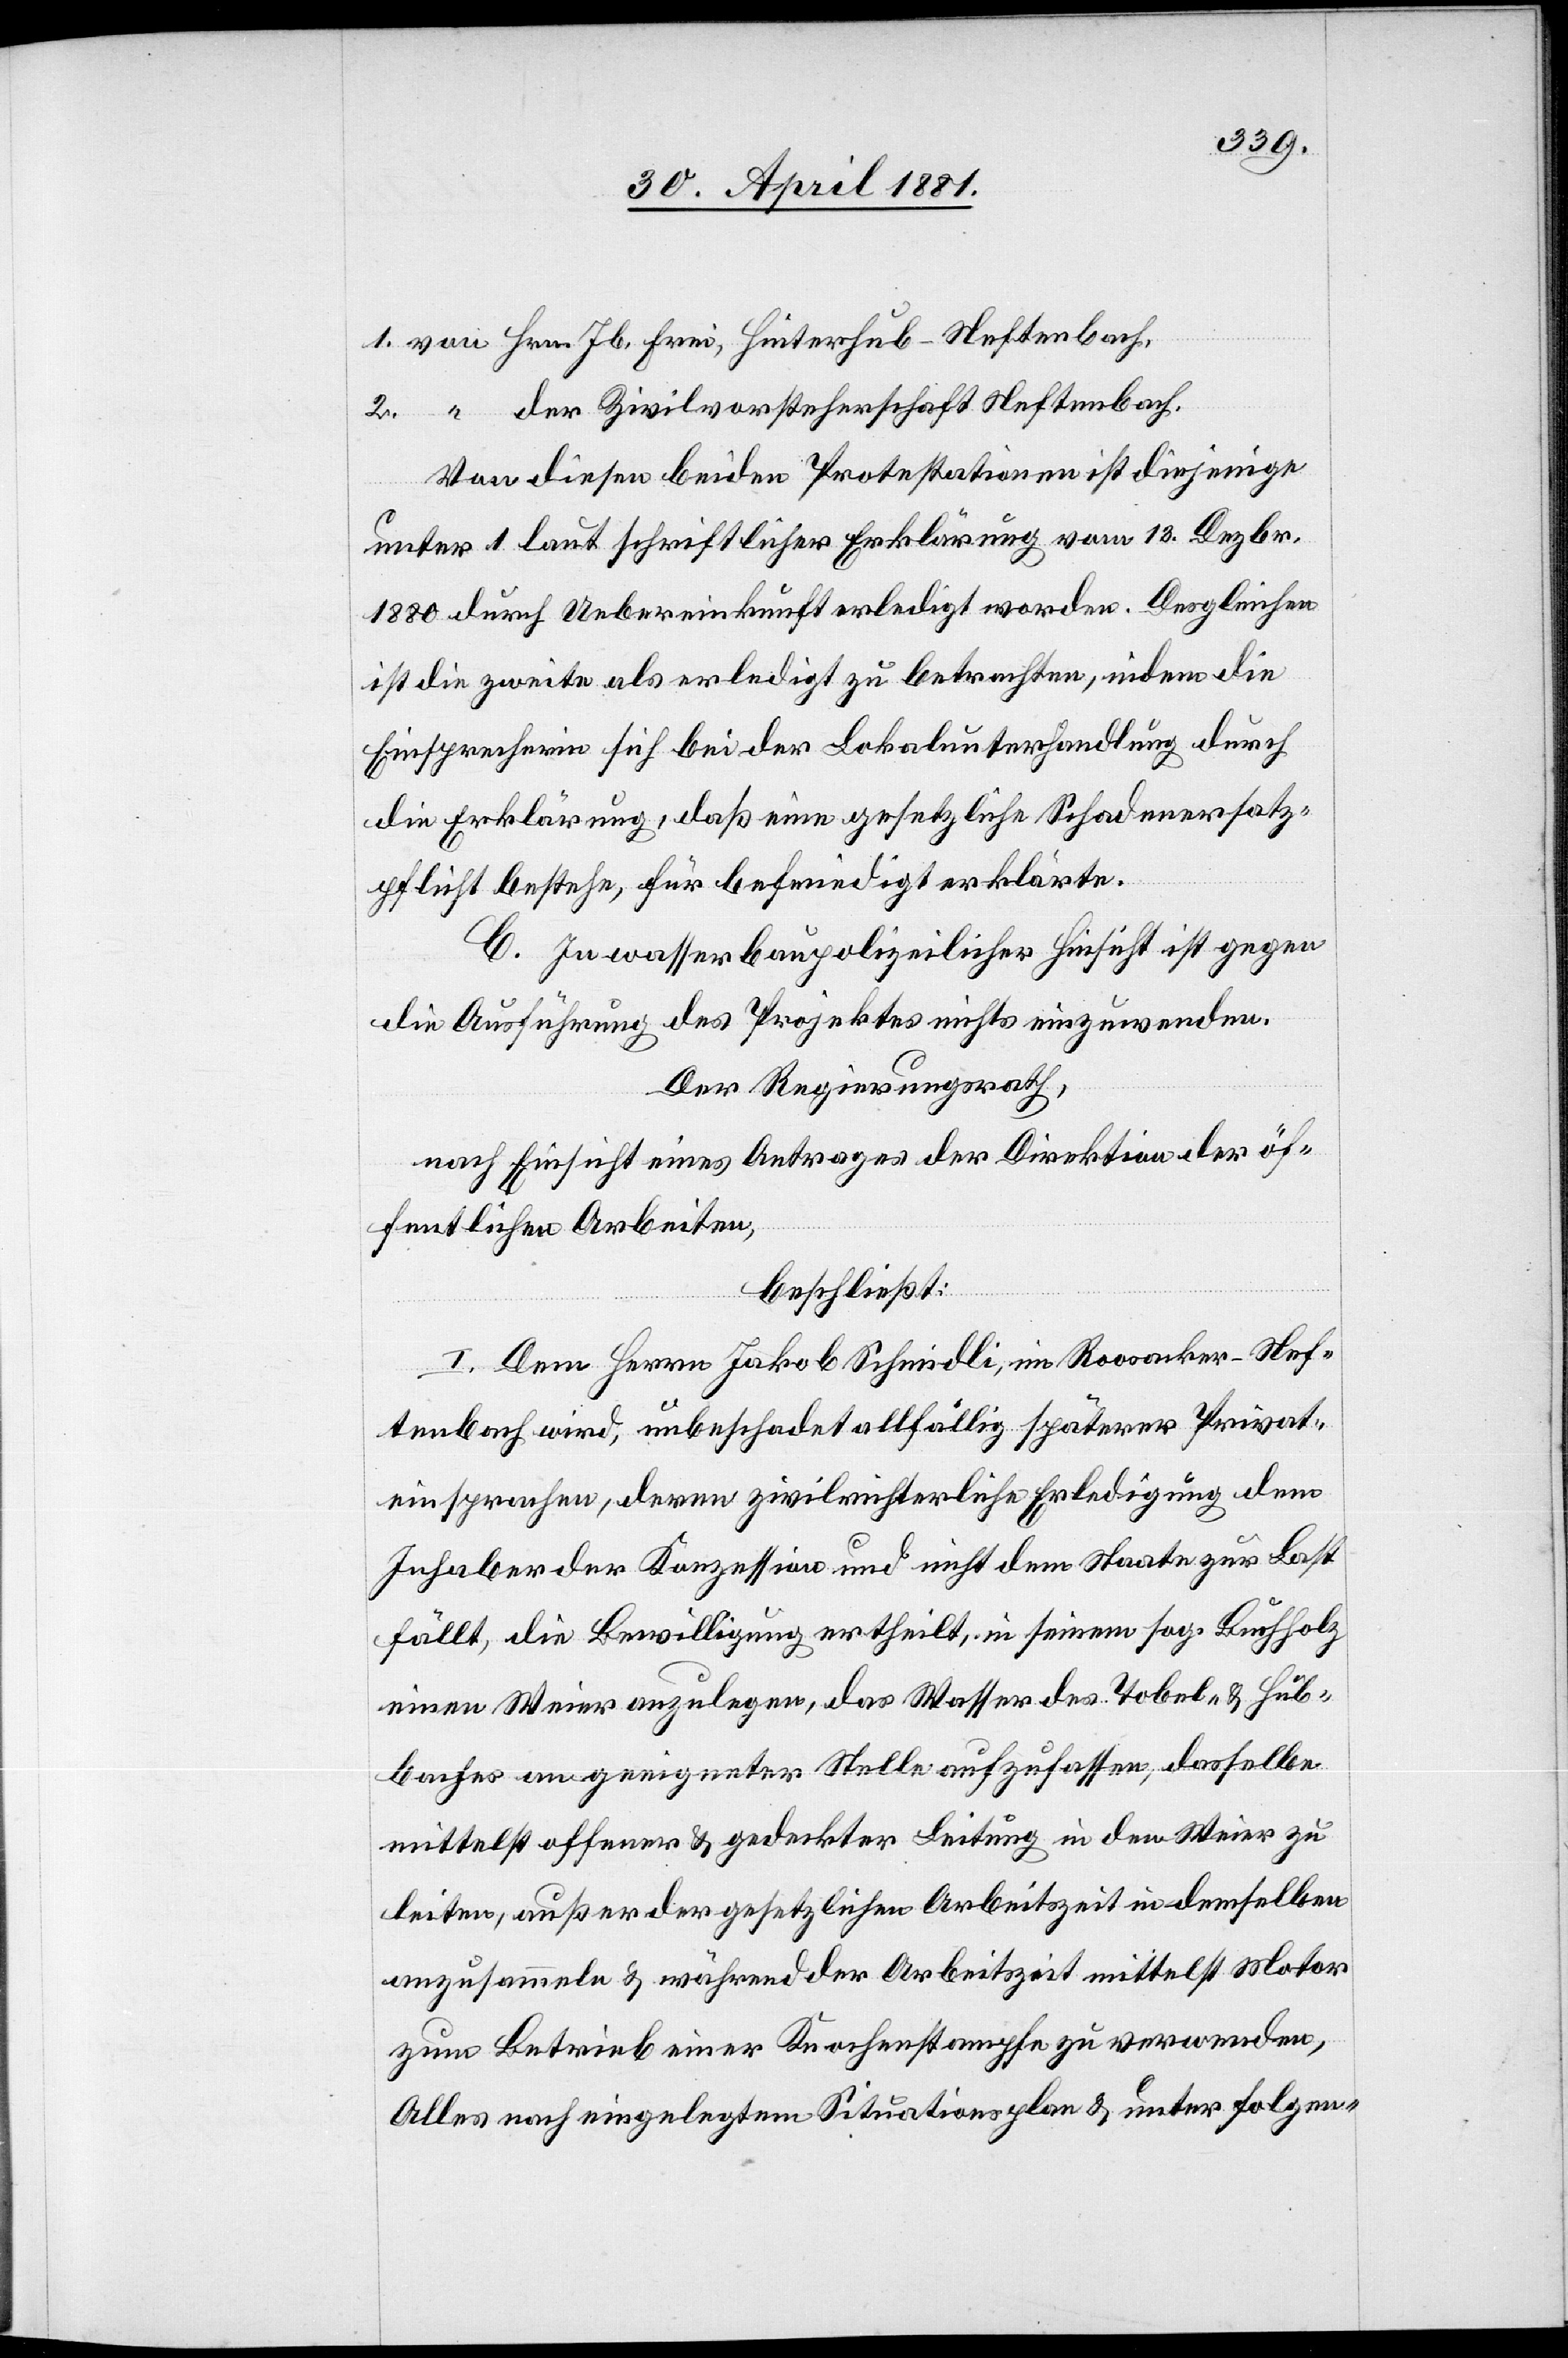
der Zivilvorsteherschaft Neftenbach.
Von diesen beiden Protestationen ist diejenige
unter 1 laut schriftlicher Erklärung vom 13. Dezbr.
1880 durch Uebereinkunft erledigt worden. Desgleichen
ist die zweite als erledigt zu betrachten, indem die
Einsprecherin sich bei der Lokalunterhandlung durch
die Erklärung, daß eine gesetzliche Schadenersatz¬
pflicht bestehe, für befriedigt erklärte.
C. In wasserbaupolizeilicher Hinsicht ist gegen
die Ausführung des Projektes nichts einzuwenden.
Der Regierungsrath,
nach Einsicht eines Antrages der Direktion der öf¬
fentlichen Arbeiten,
beschließt:
I. Dem Herrn Jakob Schmidli, im Roosacker - Nef¬
tenbach wird, unbeschadet allfällig späterer Privat¬
einsprachen, deren zivilrechtliche Erledigung dem
Inhaber der Konzession und nicht dem Staate zur Last
fällt, die Bewilligung ertheilt, in seinem sog. Buchholz
einen Weier anzulegen, das Wasser des Tobel- & Hub¬
baches an geeigneter Stelle aufzufassen, dasselbe
mittelst offener & gedeckter Leitung in den Weier zu
zum Betrieb einer Knochenstampfe zu verwenden,
Alles nach eingelegtem Situationsplan & unter folgen-